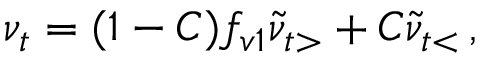
\nu _ { t } = ( 1 - C ) f _ { v 1 } \tilde { \nu } _ { t > } + C \tilde { \nu } _ { t < } \, ,